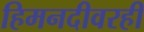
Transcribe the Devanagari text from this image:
हिमनदीवरही